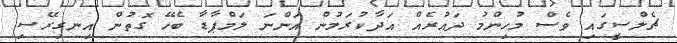
ޗެލްސީގައި ވެސް މުހިންމު ދައުރެއް އަދާކުރަމުން އަންނަ ލަމްޕާޑާ ބެހޭ ގޮތުން އިނގިރޭސި